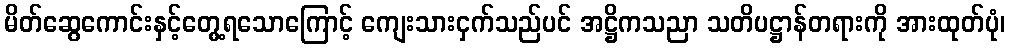
မိတ်ဆွေကောင်းနှင့်တွေ့ရသောကြောင့် ကျေးသားငှက်သည်ပင် အဋ္ဌိကသညာ သတိပဋ္ဌာန်တရားကို အားထုတ်ပုံ၊